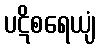
ပဋိစရေယျံ